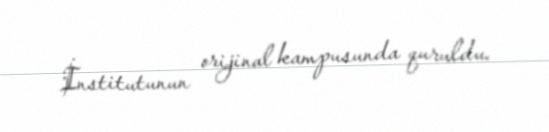
İnstitutunun orijinal kampusunda quruldu.